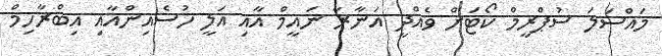
މައްސަލަ ސުޕްރީމް ކޯޓަށް ވެއްދީ އަނާރާ ނައީމް އާއި އަލީ ހުސެއިންއާއި އިބްރާހިމް